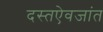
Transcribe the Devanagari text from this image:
दस्तऐवजांत